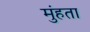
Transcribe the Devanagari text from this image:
मुंहता